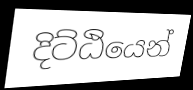
දිට්ඨියෙන්